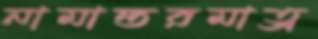
নামান্তরমাত্র